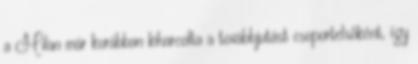
a Milan már korábban kiharcolta a továbbjutást csoportelsőként, így